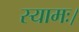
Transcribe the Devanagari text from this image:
स्यामः।